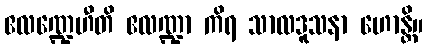
ဧလဏ္ဍေဟီတိ ဧလဏ္ဍာ ကိရ သာလဒူသနာ ဟောန္တိ။